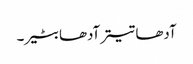
آدھا تیتر آدھا بٹیر۔